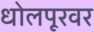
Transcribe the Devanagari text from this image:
धोलपूरवर